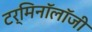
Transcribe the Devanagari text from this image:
टर्मिनाॅलाॅजी